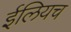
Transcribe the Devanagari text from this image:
ईलियच